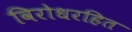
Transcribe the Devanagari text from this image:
विरोधरहित